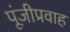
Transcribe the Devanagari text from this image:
पूंजीप्रवाह